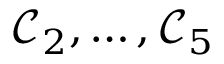
\mathcal { C } _ { 2 } , \ldots , \mathcal { C } _ { 5 }